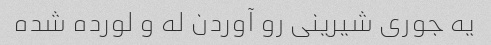
یه جوری شیرینی رو آوردن له و لورده شده